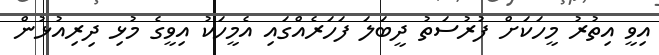
އިވީ އިތުރު މީހަކަށް ފުރުސަތު ދީބަލަ ފަހަރެއްގައި އެމީހަކު އިވީގެ މުޅި ދިރިއުޅުން